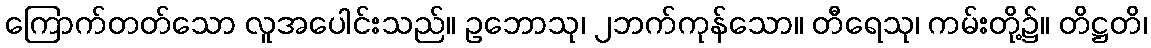
ကြောက်တတ်သော လူအပေါင်းသည်။ ဥဘောသု၊ ၂ဘက်ကုန်သော။ တီရေသု၊ ကမ်းတို့၌။ တိဋ္ဌတိ၊